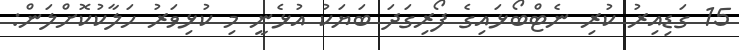
15 ގަޑިއިރު ކުރި ނެޓްބޯޅައިގެ ފޯރިގަދަ ބަޔަކު އުޅެނީ މި ކުޅިވަރު ހަލާކުކޮށްލަން: